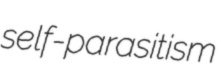
self-parasitism